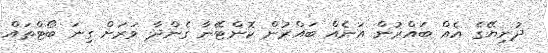
ދުނިޔޭގެ އެއް ބައްރުން އަނެއް ބައްރުން ކޮންޓޭނާ ގެންދާ ވަރަށް ގިނަ ބޯޓްތައް